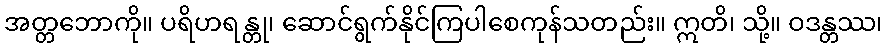
အတ္တဘောကို။ ပရိဟရန္တု၊ ဆောင်ရွက်နိုင်ကြပါစေကုန်သတည်း။ ဣတိ၊ သို့။ ဝဒန္တဿ၊